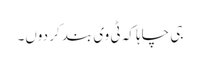
جی چاہا کہ ٹی وی بند کر دوں۔